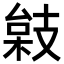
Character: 𢻙